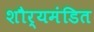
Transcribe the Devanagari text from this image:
शौर्यमंडित